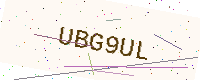
Text: UBG9UL